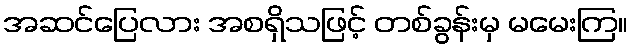
အဆင်ပြေလား အစရှိသဖြင့် တစ်ခွန်းမှ မမေးကြ။